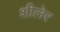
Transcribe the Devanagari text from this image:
शीलेर